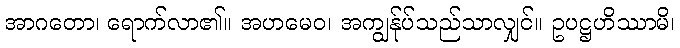
အာဂတော၊ ရောက်လာ၏။ အဟမေဝ၊ အကျွန်ုပ်သည်သာလျှင်။ ဥပဋ္ဌဟိဿာမိ၊